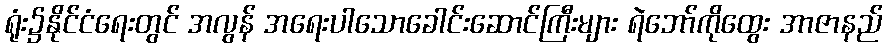
ရုံး၌နိုင်ငံရေးတွင် အလွန် အရေးပါသောခေါင်းဆောင်ကြီးများ ရဲဘော်ကိုထွေး အာဇာနည်